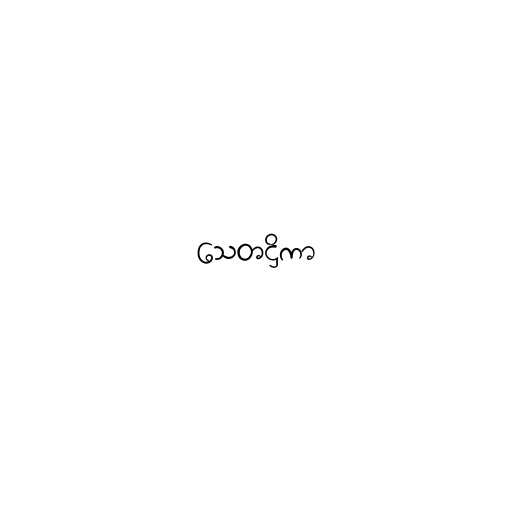
သေတဋ္ဌိကာ